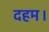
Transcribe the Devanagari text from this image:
दहम।